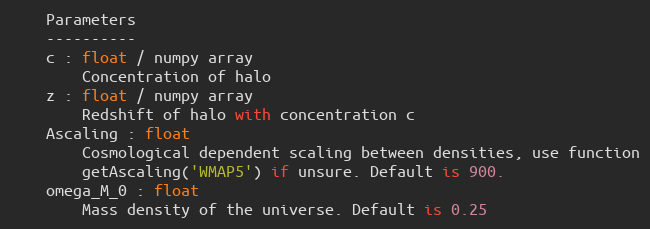
Language: Python
    Parameters
    ----------
    c : float / numpy array
        Concentration of halo
    z : float / numpy array
        Redshift of halo with concentration c
    Ascaling : float
        Cosmological dependent scaling between densities, use function
        getAscaling('WMAP5') if unsure. Default is 900.
    omega_M_0 : float
        Mass density of the universe. Default is 0.25